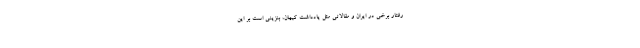
رفتار برخی در ایران و مقالاتی مثل یادداشت کیهان، بنزینی است بر این